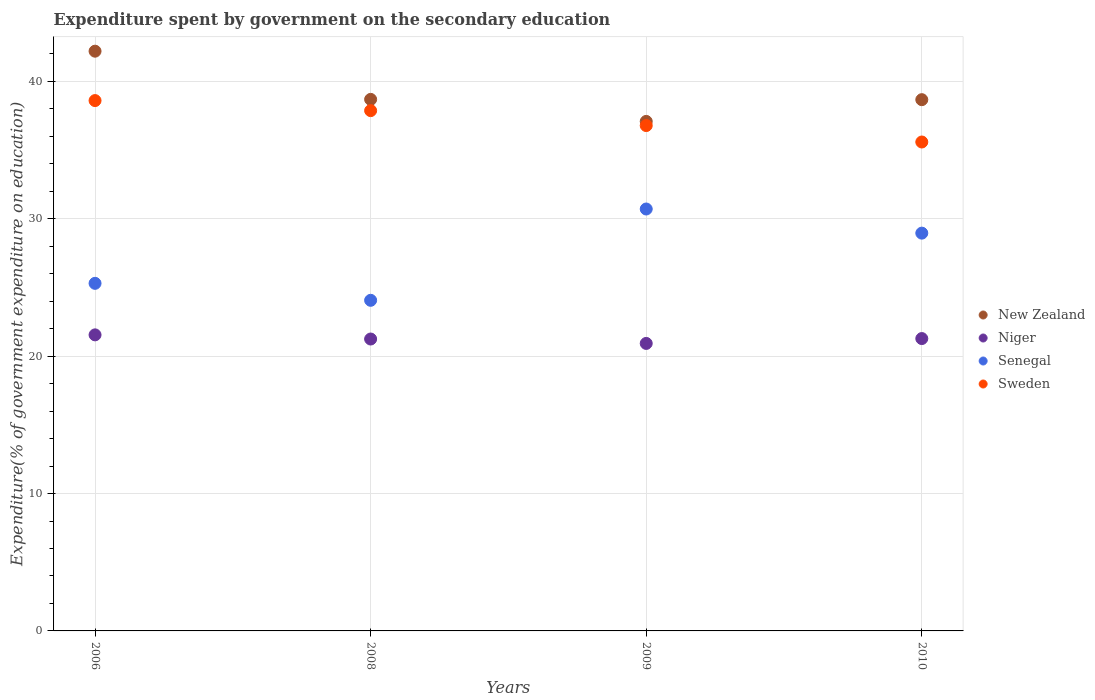
| Years | New Zealand | Niger | Senegal | Sweden |
 | --- | --- | --- | --- | --- |
 | 2006 | 42.2 | 21.5 | 25.3 | 38.6 |
 | 2008 | 38.7 | 21.2 | 24.1 | 37.9 |
 | 2009 | 37.1 | 20.9 | 30.7 | 36.8 |
 | 2010 | 38.7 | 21.3 | 29 | 35.6 |